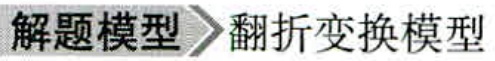
解题模型\rightarrow翻折变换模型